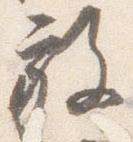
放